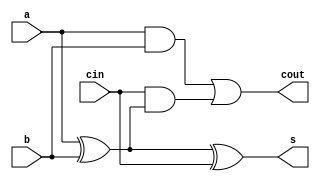
`timescale 1ns / 1ps
module fullAdder(
    input a,
    input b,
    input cin,
    output s,
    output cout
    );
wire s1,c1,c2;
xor(s1,a,b);
xor(s,s1,cin);
and(c1,a,b);
and(c2,cin,s1);
or(cout,c1,c2);
endmodule